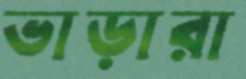
ভাড়ারা